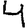
Digit: 4